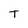
Character: T